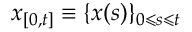
x _ { [ 0 , t ] } \equiv \{ x ( s ) \} _ { 0 \leqslant s \leqslant t }